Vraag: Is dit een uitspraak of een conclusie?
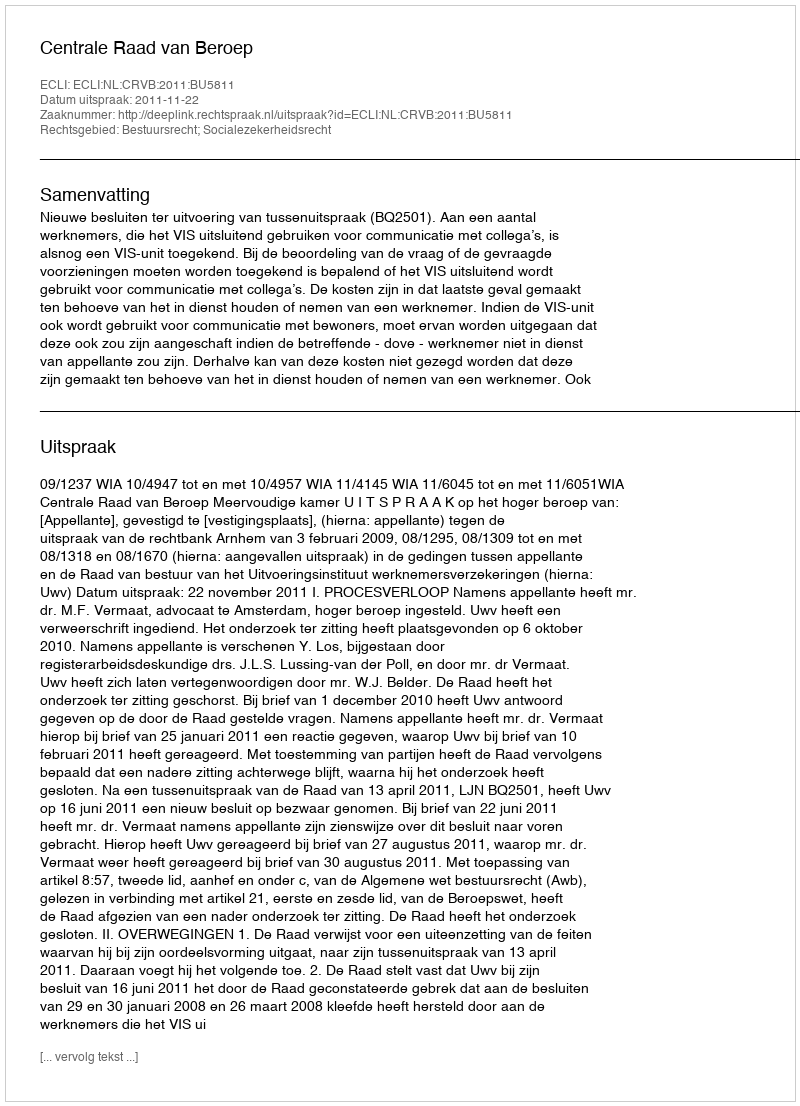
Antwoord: Uitspraak